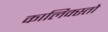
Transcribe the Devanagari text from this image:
कालिक्स्तो